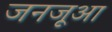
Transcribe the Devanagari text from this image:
जनजूआ